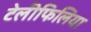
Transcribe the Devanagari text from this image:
टेलीफिलिया